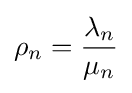
\rho _{n}={\frac {\lambda _{n}}{\mu _{n}}}